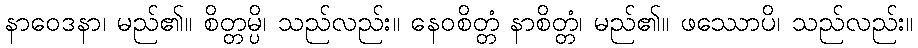
နာဝေဒနာ၊ မည်၏။ စိတ္တမ္ပိ၊ သည်လည်း။ နေဝစိတ္တံ နာစိတ္တံ၊ မည်၏။ ဖဿောပိ၊ သည်လည်း။